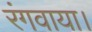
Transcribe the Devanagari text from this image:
रंगवाया।